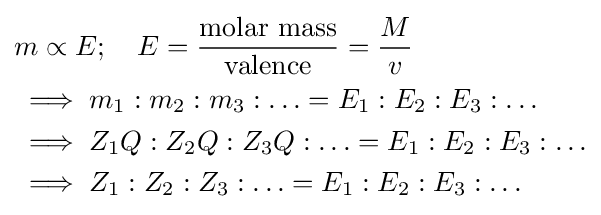
{\begin{aligned}&m\propto E;\quad E={\frac {\text{molar mass}}{\text{valence}}}={\frac {M}{v}}\\&\implies m_{1}:m_{2}:m_{3}:\ldots =E_{1}:E_{2}:E_{3}:\ldots \\&\implies Z_{1}Q:Z_{2}Q:Z_{3}Q:\ldots =E_{1}:E_{2}:E_{3}:\ldots \\&\implies Z_{1}:Z_{2}:Z_{3}:\ldots =E_{1}:E_{2}:E_{3}:\ldots \end{aligned}}